Problem: 9 + 5 = ?
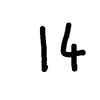
Handwritten answer: 14